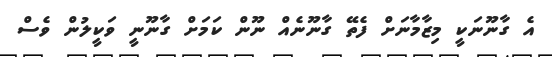
އެ ގާނޫނަކީ މިޒާމާނަށް ފެތޭ ގާނޫނެއް ނޫން ކަމަށް ގާނޫނީ ވަކީލުން ވެސް